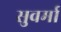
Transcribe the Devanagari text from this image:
सुवर्मा